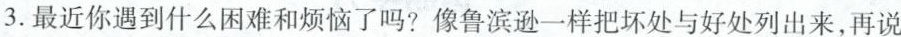
3.最近你遇到什么困难和烦恼了吗?像鲁滨逊一样把坏处与好处列出来，再说